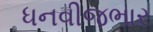
ધનવીજભાર